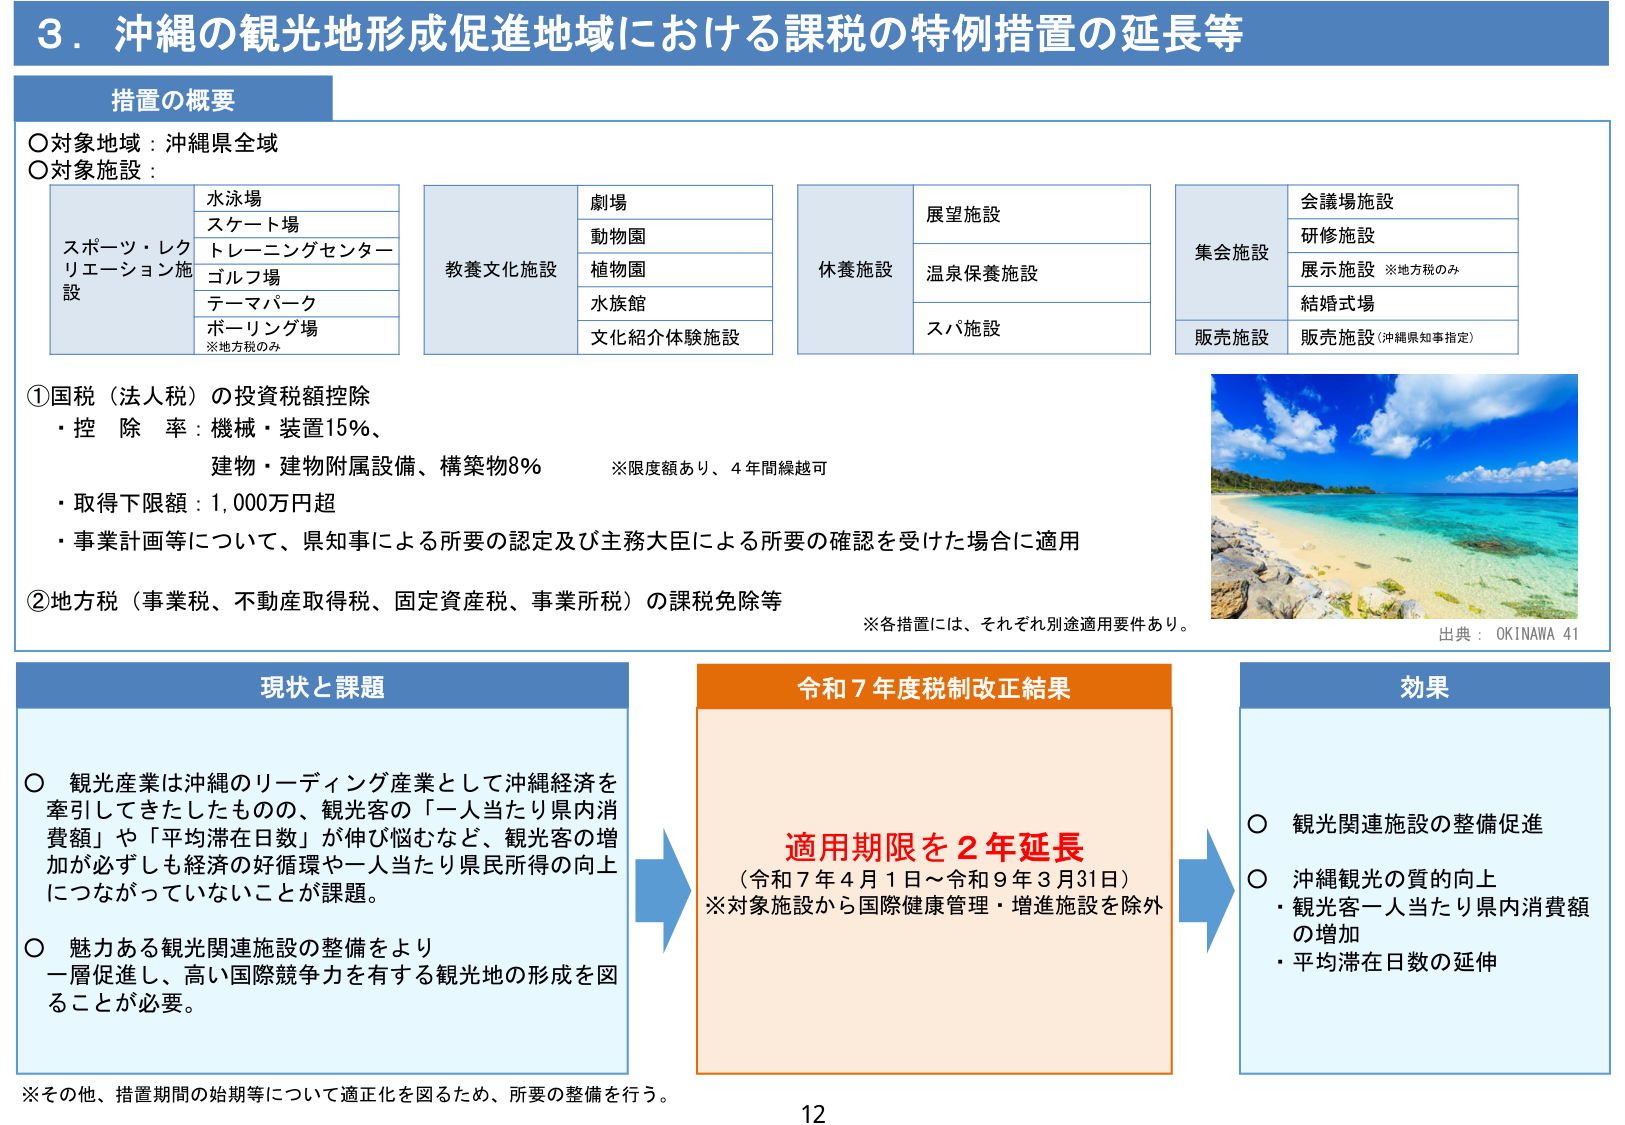
3．沖縄の観光地形成促進地域における課税の特例措置の延長等

措置の概要

○対象地域：沖縄県全域
○対象施設：

スポーツ・レクリエーション施設
　水泳場
　スケート場
　トレーニングセンター
　ゴルフ場
　テーマパーク
　ボーリング場
　※地方税のみ

教養文化施設
　劇場
　動物園
　植物園
　水族館
　文化紹介体験施設

休養施設
　展望施設
　温泉保養施設
　スパ施設

集会施設
　会議場施設
　研修施設
　展示施設 ※地方税のみ
　結婚式場

販売施設
　販売施設（沖縄県知事指定）

①国税（法人税）の投資税額控除
・控除率：機械・装置15％、
　建物・建物附属設備、構築物8％
　※限度額あり、4年間繰越可
・取得下限額：1,000万円超
・事業計画等について、県知事による所要の認定及び主務大臣による所要の確認を受けた場合に適用

②地方税（事業税、不動産取得税、固定資産税、事業所税）の課税免除等
※各措置には、それぞれ用途適用要件あり。

出典：OKINAWA 41

現状と課題

○ 観光産業は沖縄のリーディング産業として沖縄経済を牽引してきたものとの、観光客の「一人当たり県内消費額」や「平均滞在日数」が伸び悩むなど、観光客の増加が必ずしも経済の好循環や一人当たり県民所得の向上につながっていないことが課題。
○ 魅力ある観光関連施設の整備をより一層促進し、高い国際競争力を有する観光地の形成を図ることが必要。

令和7年度税制改正結果

適用期限を2年延長
（令和7年4月1日～令和9年3月31日）
※対象施設から国際健康管理・増進施設を除外

効果

○ 観光関連施設の整備促進
○ 沖縄観光の質的向上
　・観光客一人当たり県内消費額の増加
　・平均滞在日数の延伸

※その他、措置期間の始期等について適正化を図るため、所要の整備を行う。
12